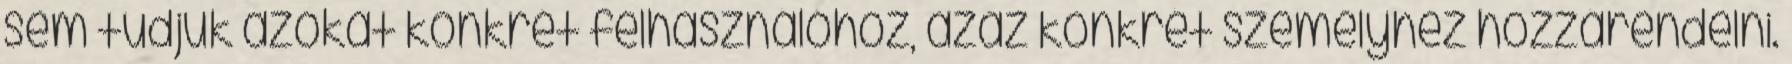
sem tudjuk azokat konkrét felhasználóhoz, azaz konkrét személyhez hozzárendelni.